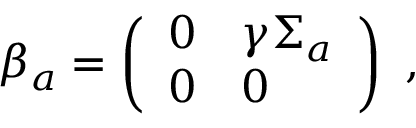
\beta _ { a } = \left( \begin{array} { l l } { { 0 } } & { { \gamma \Sigma _ { a } } } \\ { { 0 } } & { { 0 } } \end{array} \right) ~ ,